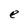
Character: e